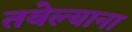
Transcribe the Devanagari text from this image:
तबेल्याना